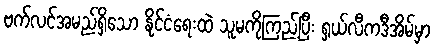
ဗက်လင်အမည်ရှိသော နိုင်ငံရေးထဲ သူမကိုကြည့်ပြီး ရှယ်လီကဒီအိမ်မှာ